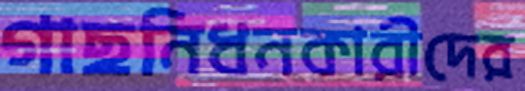
গাছনিধনকারীদের